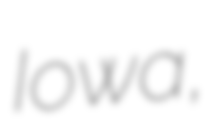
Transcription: Iowa,